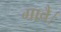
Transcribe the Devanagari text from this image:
गावै।